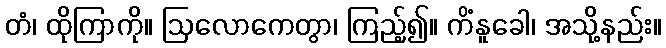
တံ၊ ထိုကြာကို။ ဩလောကေတွာ၊ ကြည့်၍။ ကိံနူခေါ၊ အသို့နည်း။